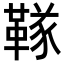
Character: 𬰧